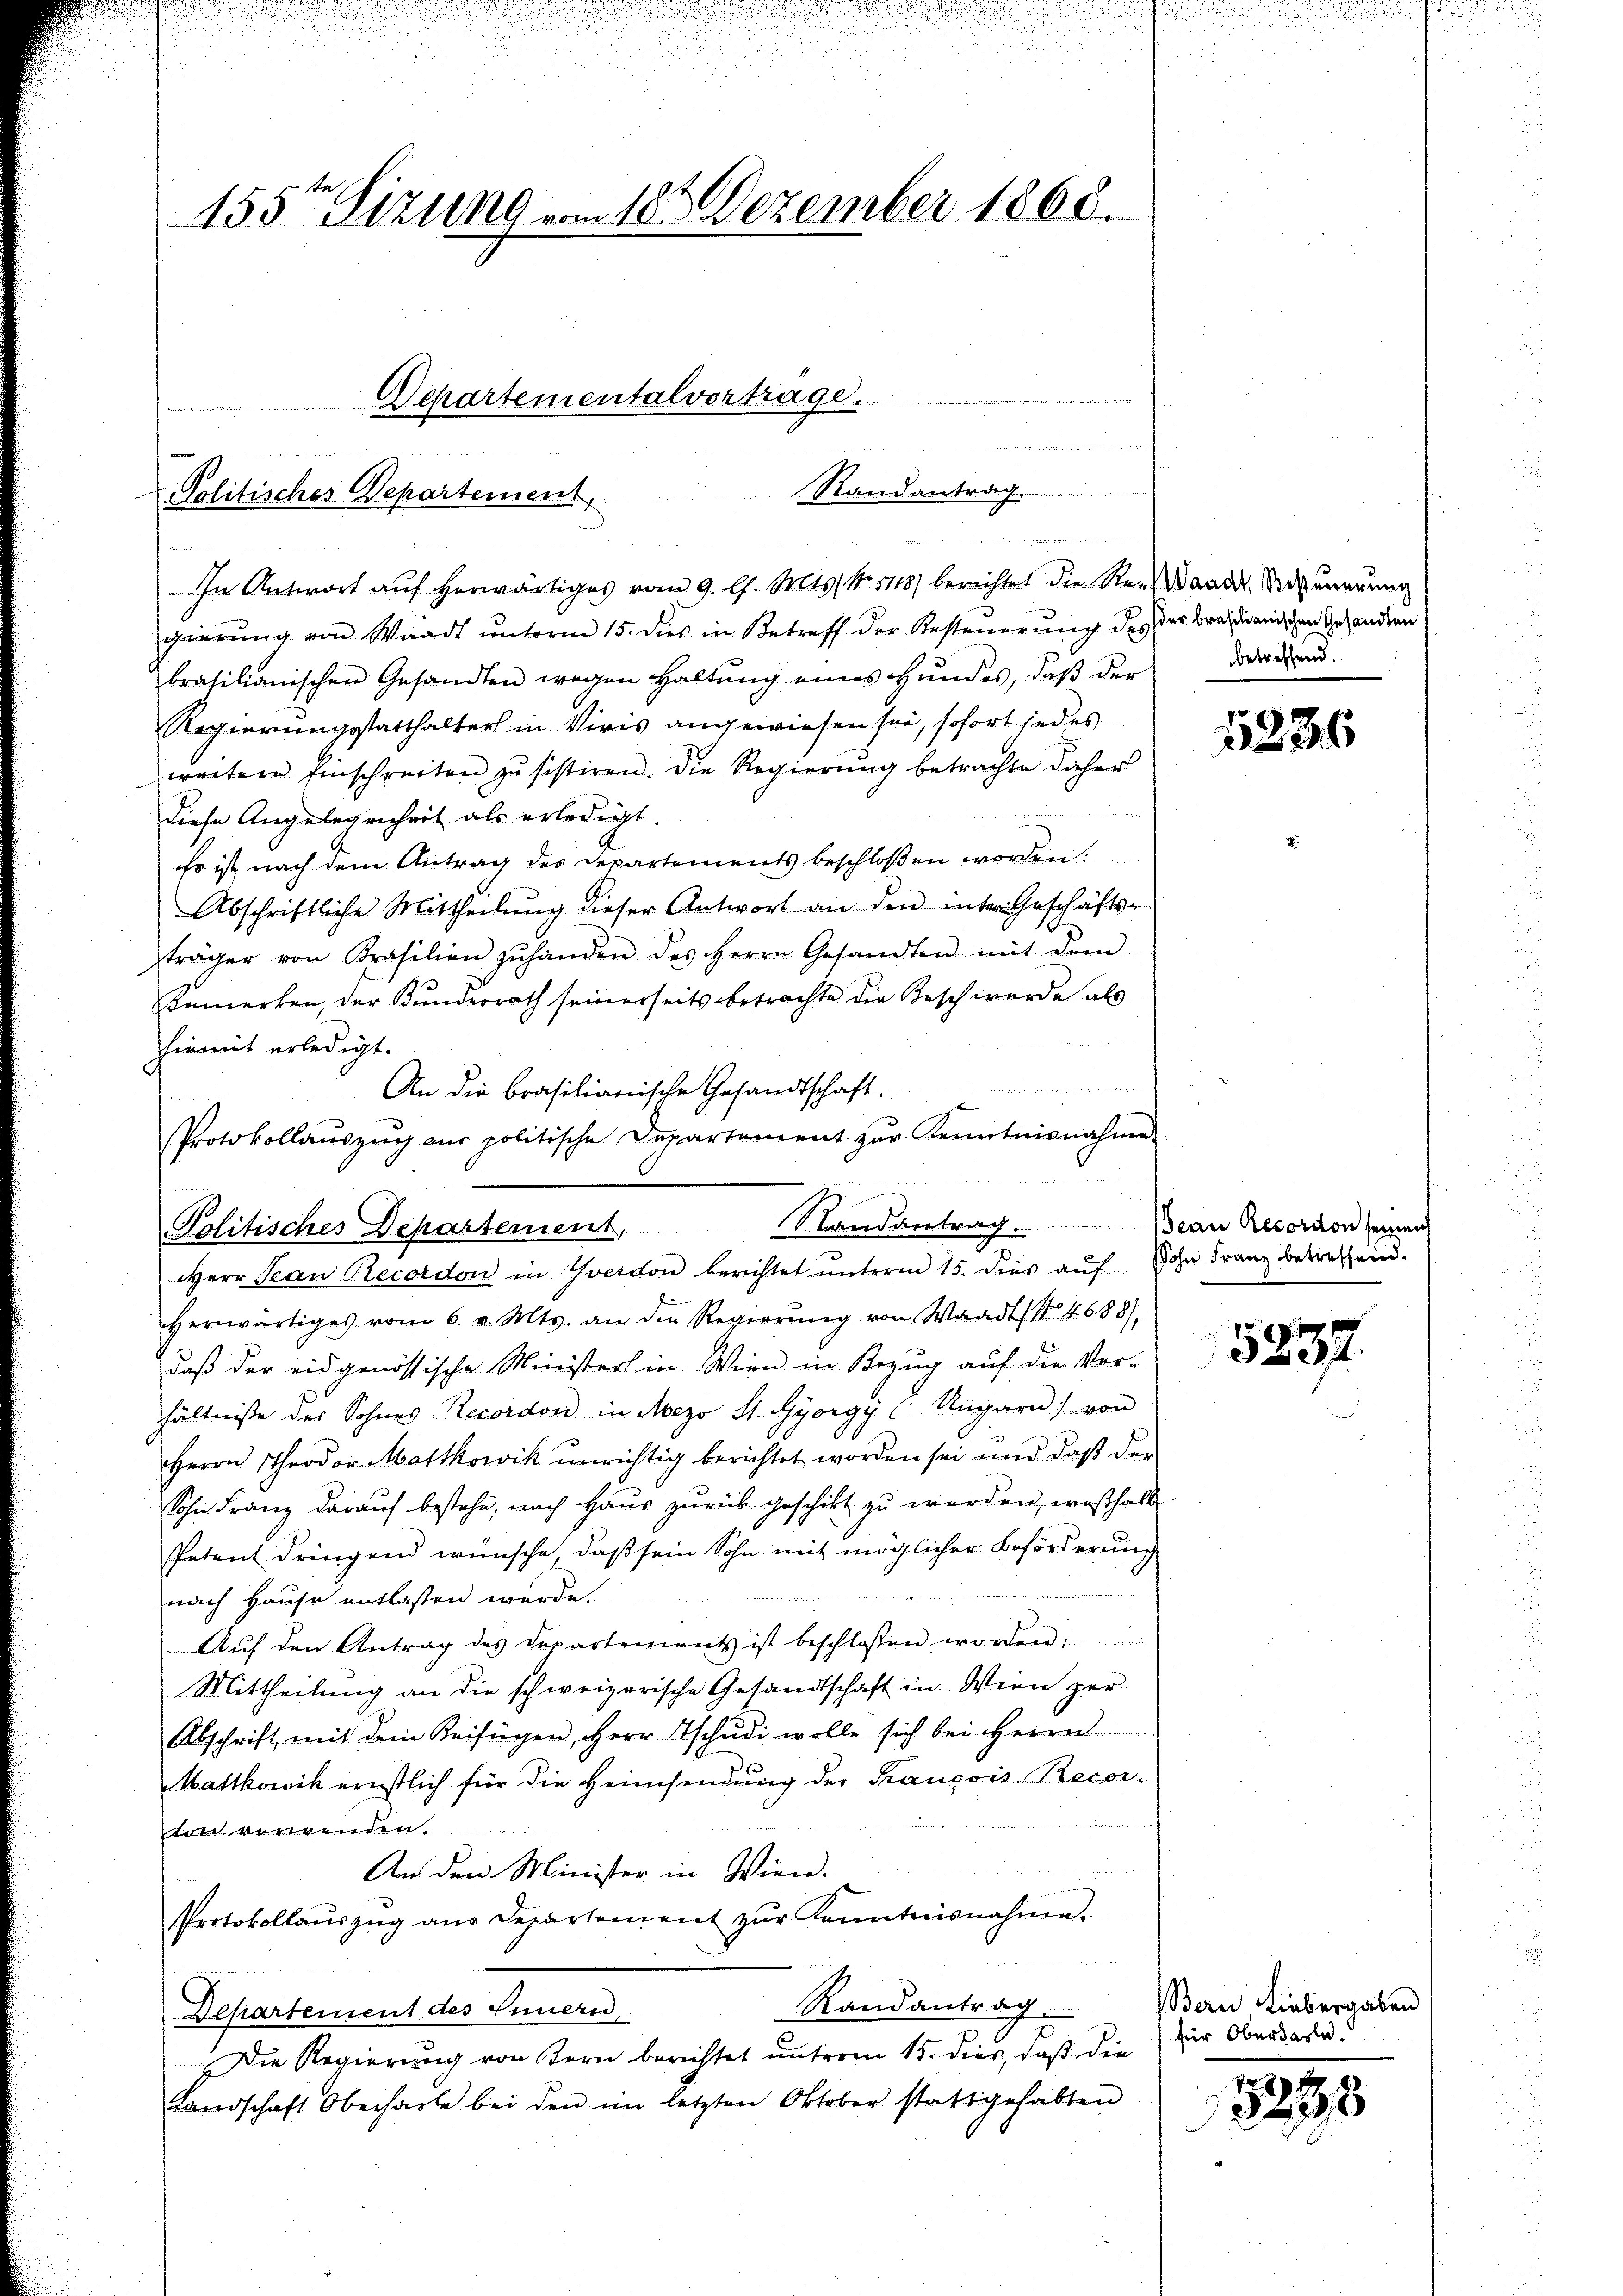
155te Sizung vom 18ten Dezember 1868.
Schartementalvertrage.
ee in de

Randantrag.
Politisches Departement
 er, er eine einen eine

e

u

u

In Antwort auf herwärtiges vom 9. l. Mts. S. 1118) berichtet die Re-Baader Vorkennerung
gierung von Waadt unterm 15. dies in Betreff der Besteuerung des der brastianischen Gesandten
brasilianischen Gesandten wegen haltŭng eines Hŭndes, daβ der Direkten.
Regierungsstatthalter in Viris angewiesen sei, sofort jedes
weitere Einschreiben zŭ sistiren. Die Regierŭng betrachte daher
e
diese Angelegenheit als erledigt.
Es ist nach dem Antrag des Departements beschloßen worden.
Abschriftliche Mittheilŭng dieser Antwort an den inter Geschäfts-
träger von Krasilien zŭ handen des Herrn Gesandten mit dem
Bemerken, der Kunderrath seinerseits betrachte der Besch wurde als
hiemit erledigt.
n
An die Brasilianische Gesandtschaft.
Protokollauszug aus politische Departement zur Kenntnisnahme
Herr Jean Recordon in Yverdon berichtet unterm 15. dies aŭf Sohn Franz betreffend
herwärtiges vom 6. v. Mts. an den Regierŭng von Waadt (N. 4688/
daß der eidgenössische Ministers in Wien in Bezug auf die Ver-
hältnisse des Sohnes Recordon in Mezo St. Gyorgy (: Ungarn) von
Herrn Theodor Mattkowik unrichtig berichtet worden sei und daß der
Sohn Franz darauf bestehe, nach Haus zurück geschikt zu werden, weßhalb
Petent dringend wünsche, daß sein Sohn mit möglicher Beförderung
nach Hause entlassen wurde.
Aŭf den Antrag des Departement ist beschlossen worden:
Mittheilung an die schweizerische Gesandtschaft in Wien per
Abschrift mit dem Beifügen, Herr Tschudi wolle sich bei Herrn
Mattkowik ernstlich für die Heimsendung der François Recor-
ton vorgenden
An den Minister in Wien.
Protokollaŭszŭg ans Departement zŭr Kenntnisnahme.
Randantrag.
Departement des Innern,
Die Regierung von Kern berichtet unterm 15. dies, daß die
Landschaft Oberharte bei den im letzten Oktober stattgehabten

Politisches Departement, Randantrag. Jean Rordon seien

d

1286

5837.

Bern, Liebergaben
für Oberkarte.

123